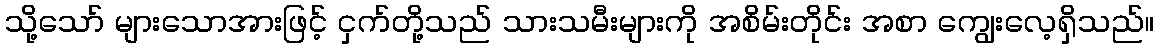
သို့သော် များသောအားဖြင့် ငှက်တို့သည် သားသမီးများကို အစိမ်းတိုင်း အစာ ကျွေးလေ့ရှိသည်။